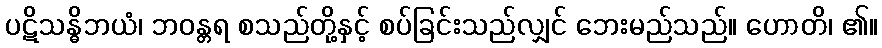
ပဋိသန္ဓိဘယံ၊ ဘဝန္တရ စသည်တို့နှင့် စပ်ခြင်းသည်လျှင် ဘေးမည်သည်။ ဟောတိ၊ ၏။